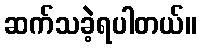
ဆက်သခဲ့ရပါတယ်။